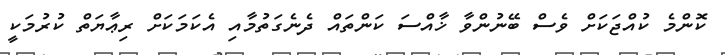
ކޮންމެ ކުއްޖަކަށް ވެސް ބޭނުންވާ ޚާއްސަ ކަންތައް ދެނެގަތުމާއި އެކަމަކަށް ރިޢާޔަތް ކުރުމަކީ